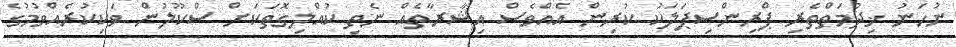
ނުހަނު ޚިދުމަތްތެރި ޕްރިންސިޕަލަކު ކުރިން އެއްވެސް އިޝާރާތެއް ނެތި ކުއްލިގޮތަކަށް ސްކޫލުން ވަކިކުރެއްވުމުގެ